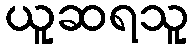
ယူဆရသူ